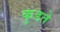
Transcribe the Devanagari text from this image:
कुडते